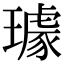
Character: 璩